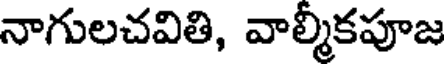
నాగులచవితి, వాల్మీకపూజ